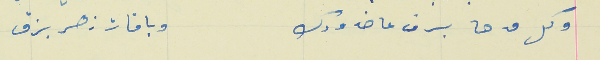
وكل مدحا برف عا خدودك                                     وباقات زهر بزق